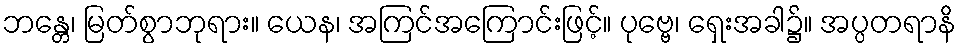
ဘန္တေ၊ မြတ်စွာဘုရား။ ယေန၊ အကြင်အကြောင်းဖြင့်။ ပုဗ္ဗေ၊ ရှေးအခါ၌။ အပ္ပတရာနိ